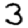
Digit: 3